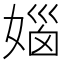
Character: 㛴